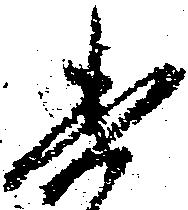
委